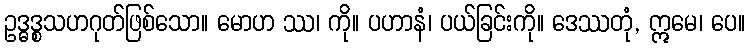
ဥဒ္ဓဒ္စသဟဂုတ်ဖြစ်သော။ မောဟ ဿ၊ ကို။ ပဟာနံ၊ ပယ်ခြင်းကို။ ဒေဿတုံ, ဣမေ၊ ပေ။